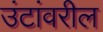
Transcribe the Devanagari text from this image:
उंटांवरील